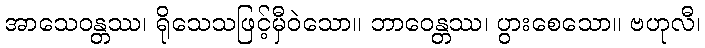
အာသေဝန္တဿ၊ ရိုသေသဖြင့်မှီဝဲသော။ ဘာဝေန္တဿ၊ ပွားစေသော။ ဗဟုလီ၊